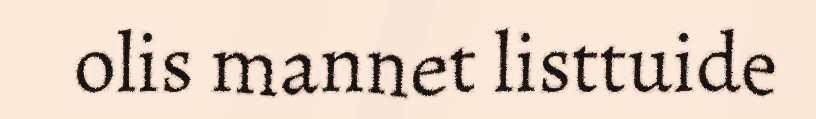
olis mannet listtuide